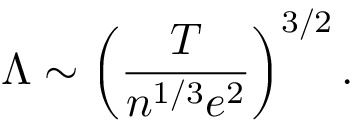
\Lambda \sim \left( \frac { T } { n ^ { 1 / 3 } e ^ { 2 } } \right) ^ { 3 / 2 } .